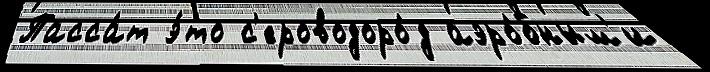
Пасса́т э́то с'ероводоро́д аэро́бным'и